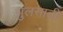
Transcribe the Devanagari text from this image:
झुलसाती